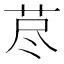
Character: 荩